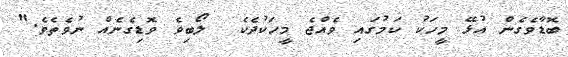
ބޮޑާވެގެން އުޅޭ މީހަކު ކަމުގައި ވެއްޖެ މީހަކުދެކެ  ލޯބިވެ ވޮޑިގެނެއް ނުވެތެވެ."